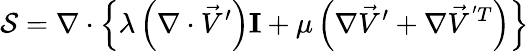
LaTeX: \mathcal{S}=\nabla\cdot\left\{ \lambda\left(\nabla\cdot\vec{V}^{\prime}\right)\mathbf{I}+\mu\left(\nabla\vec{V}^{\prime}+\nabla\vec{V}^{'T}\right)\right\}